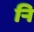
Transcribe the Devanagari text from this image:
र्‍ाि